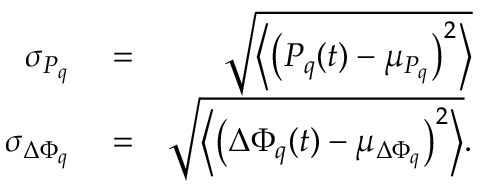
\begin{array} { r l r } { \sigma _ { P _ { q } } } & { { } = } & { \sqrt { \left\langle \left( P _ { q } ( t ) - \mu _ { P _ { q } } \right) ^ { 2 } \right\rangle } } \\ { \sigma _ { \Delta \Phi _ { q } } } & { { } = } & { \sqrt { \left\langle \left( \Delta \Phi _ { q } ( t ) - \mu _ { \Delta \Phi _ { q } } \right) ^ { 2 } \right\rangle } . } \end{array}